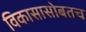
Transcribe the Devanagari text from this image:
विकासासोबतच